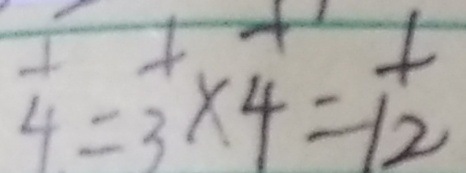
\frac { 1 } { 4 } = \frac { 1 } { 3 } \times \frac { 1 } { 4 } = \frac { 1 } { 1 2 }